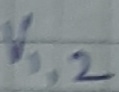
Text: VI,2